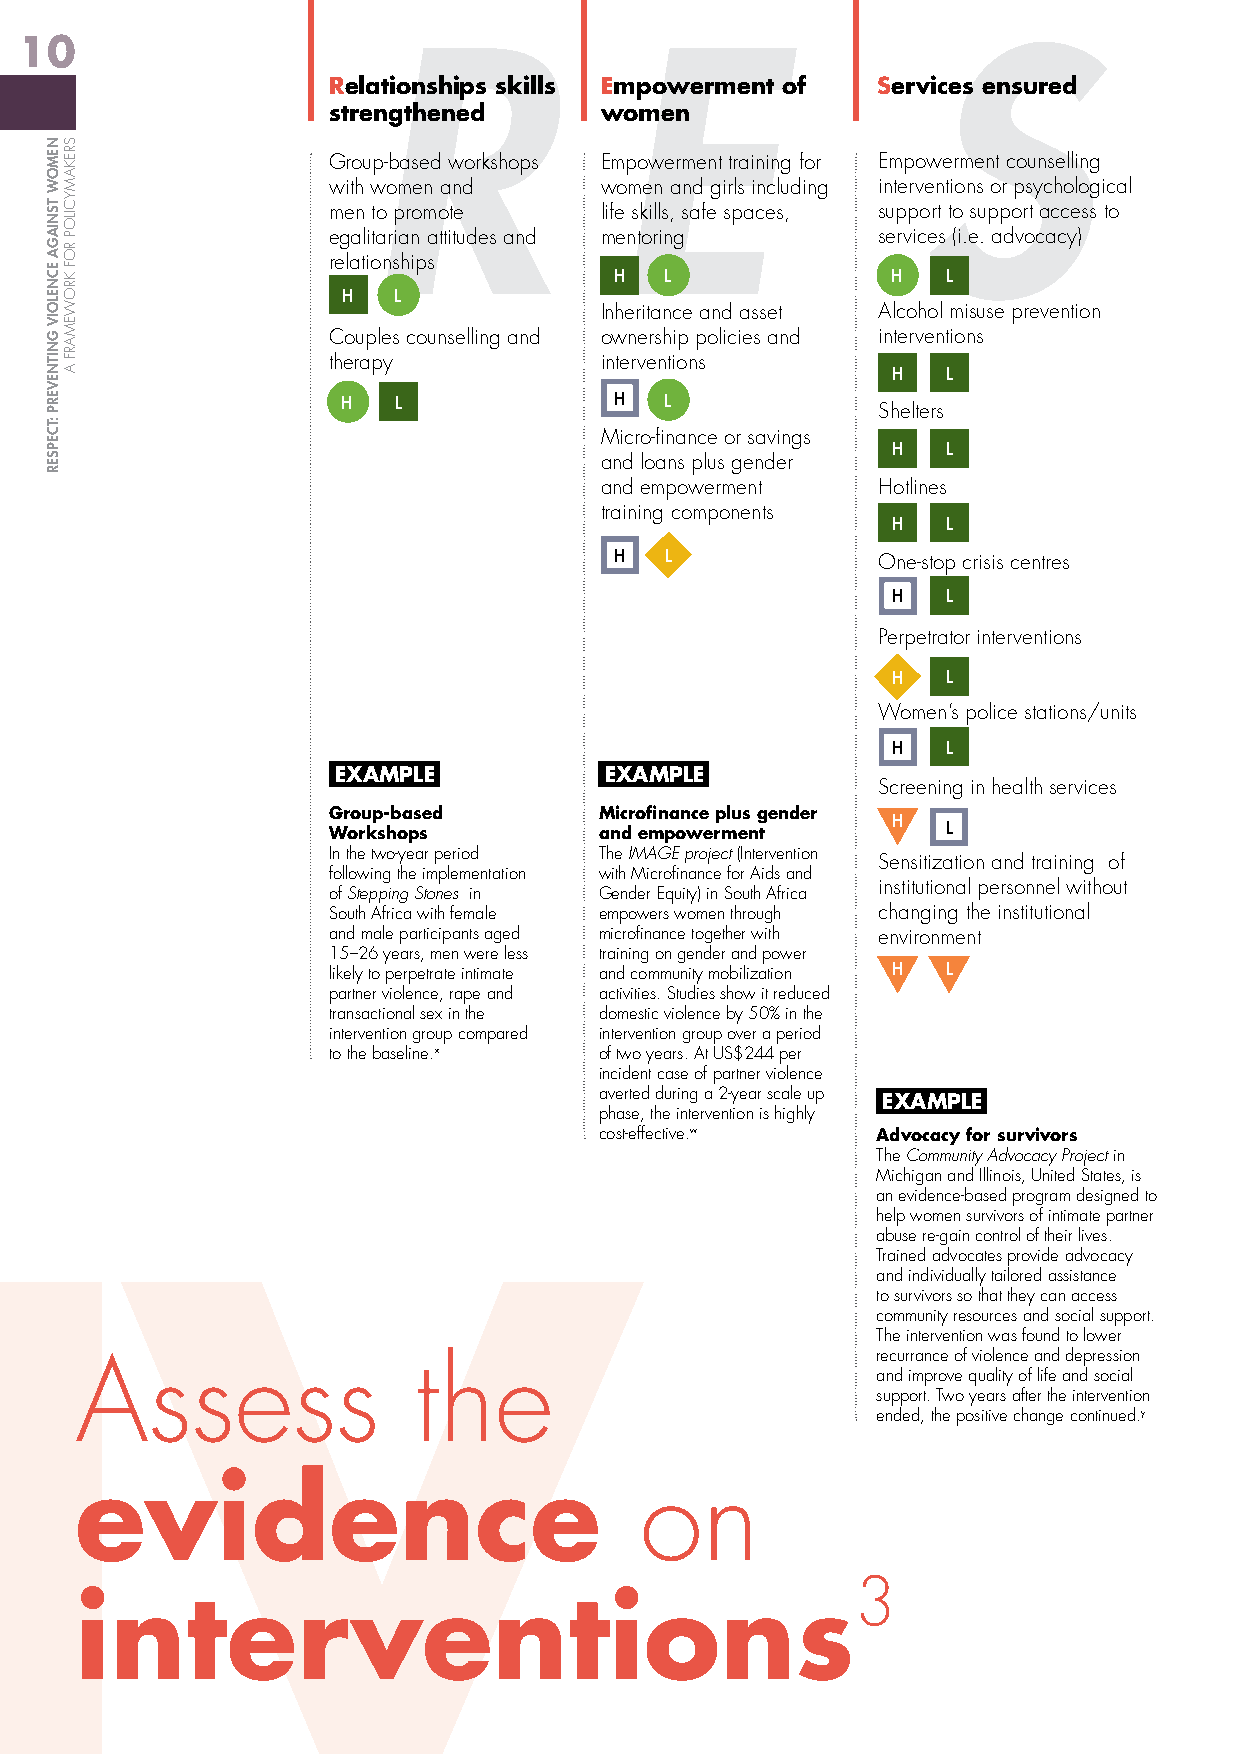
10
 R                E                   S
 Relationships skills Empowerment of Services ensured
 strengthened      women
 Group-based workshops Empowerment training for Empowerment counselling
 with women and    women and girls including interventions or psychological
 men to promote    life skills, safe spaces, support to support access to
 egalitarian attitudes and mentoring services (i.e. advocacy)
 relationships
 H  L              H   L
 H  L
 Inheritance and asset Alcohol misuse prevention
 Couples counselling and ownership policies and interventions
 therapy           interventions
 H   L
 H  L              H  L
 Shelters
 Micro-finance or savings
 H   L
 and loans plus gender
 and empowerment   Hotlines
 training components
 H   L
 H  L             One-stop crisis centres
 H   L
 Perpetrator interventions
 H   L
 Women’s police stations/units
 H   L
 EXAMPLE           EXAMPLE
 Screening in health services
 Group-based       Microfinance plus gender
 H
 Workshops         and empowerment        L
 In the two-year period The IMAGE project (Intervention
 Sensitization and training of
 following the implementation with Microfinance for Aids and
 institutional personnel without
 of Stepping Stones in Gender Equity) in South Africa
 South Africa with female empowers women through changing the institutional
 and male participants aged microfinance together with environment
 15–26 years, men were less training on gender and power
 likely to perpetrate intimate and community mobilization H L
 partner violence, rape and activities. Studies show it reduced
 transactional sex in the domestic violence by 50% in the
 intervention group compared intervention group over a period
 to the baseline.x of two years. At US$244 per
 incident case of partner violence
 averted during a 2-year scale up
 EXAMPLE
 phase, the intervention is highly
 cost-effective.w  Advocacy for survivors
 The Community Advocacy Project in
 Michigan and Illinois, United States, is
 an evidence-based program designed to
 help women survivors of intimate partner
 abuse re-gain control of their lives.
 Trained advocates provide advocacy
 and individually tailored assistance
 IV                                                        to survivors so that they can access
 community resources and social support.
 The intervention was found to lower
 recurrance of violence and depression
 Assess                the
 and improve quality of life and social
 support. Two years after the intervention
 ended, the positive change continued.y
 evidence                             on
 3
 interventions
 NEMOW
 TSNIAGA
 ECNELOIV
 GNITNEVERP
 :TCEPSER
 SREKAMYCILOP
 ROF
 KROWEMARF
 A